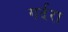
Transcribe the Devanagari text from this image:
गर्दरा